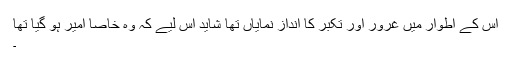
اس کے اطوار میں غرور اور تکبر کا انداز نمایاں تھا شاید اس لیے کہ وہ خاصا امیر ہو گیا تھا
۔